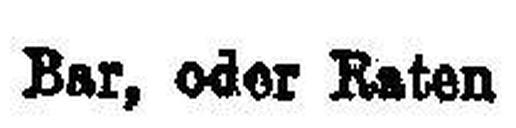
Bar, oder Raten